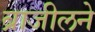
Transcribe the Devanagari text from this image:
ब्राजीलने